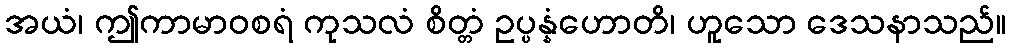
အယံ၊ ဤကာမာဝစရံ ကုသလံ စိတ္တံ ဥပ္ပန္နံဟောတိ၊ ဟူသော ဒေသနာသည်။